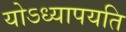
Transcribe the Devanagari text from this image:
योऽध्यापयति